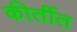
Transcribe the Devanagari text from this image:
कीर्तीत